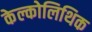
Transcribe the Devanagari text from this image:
केल्कोलिथिक